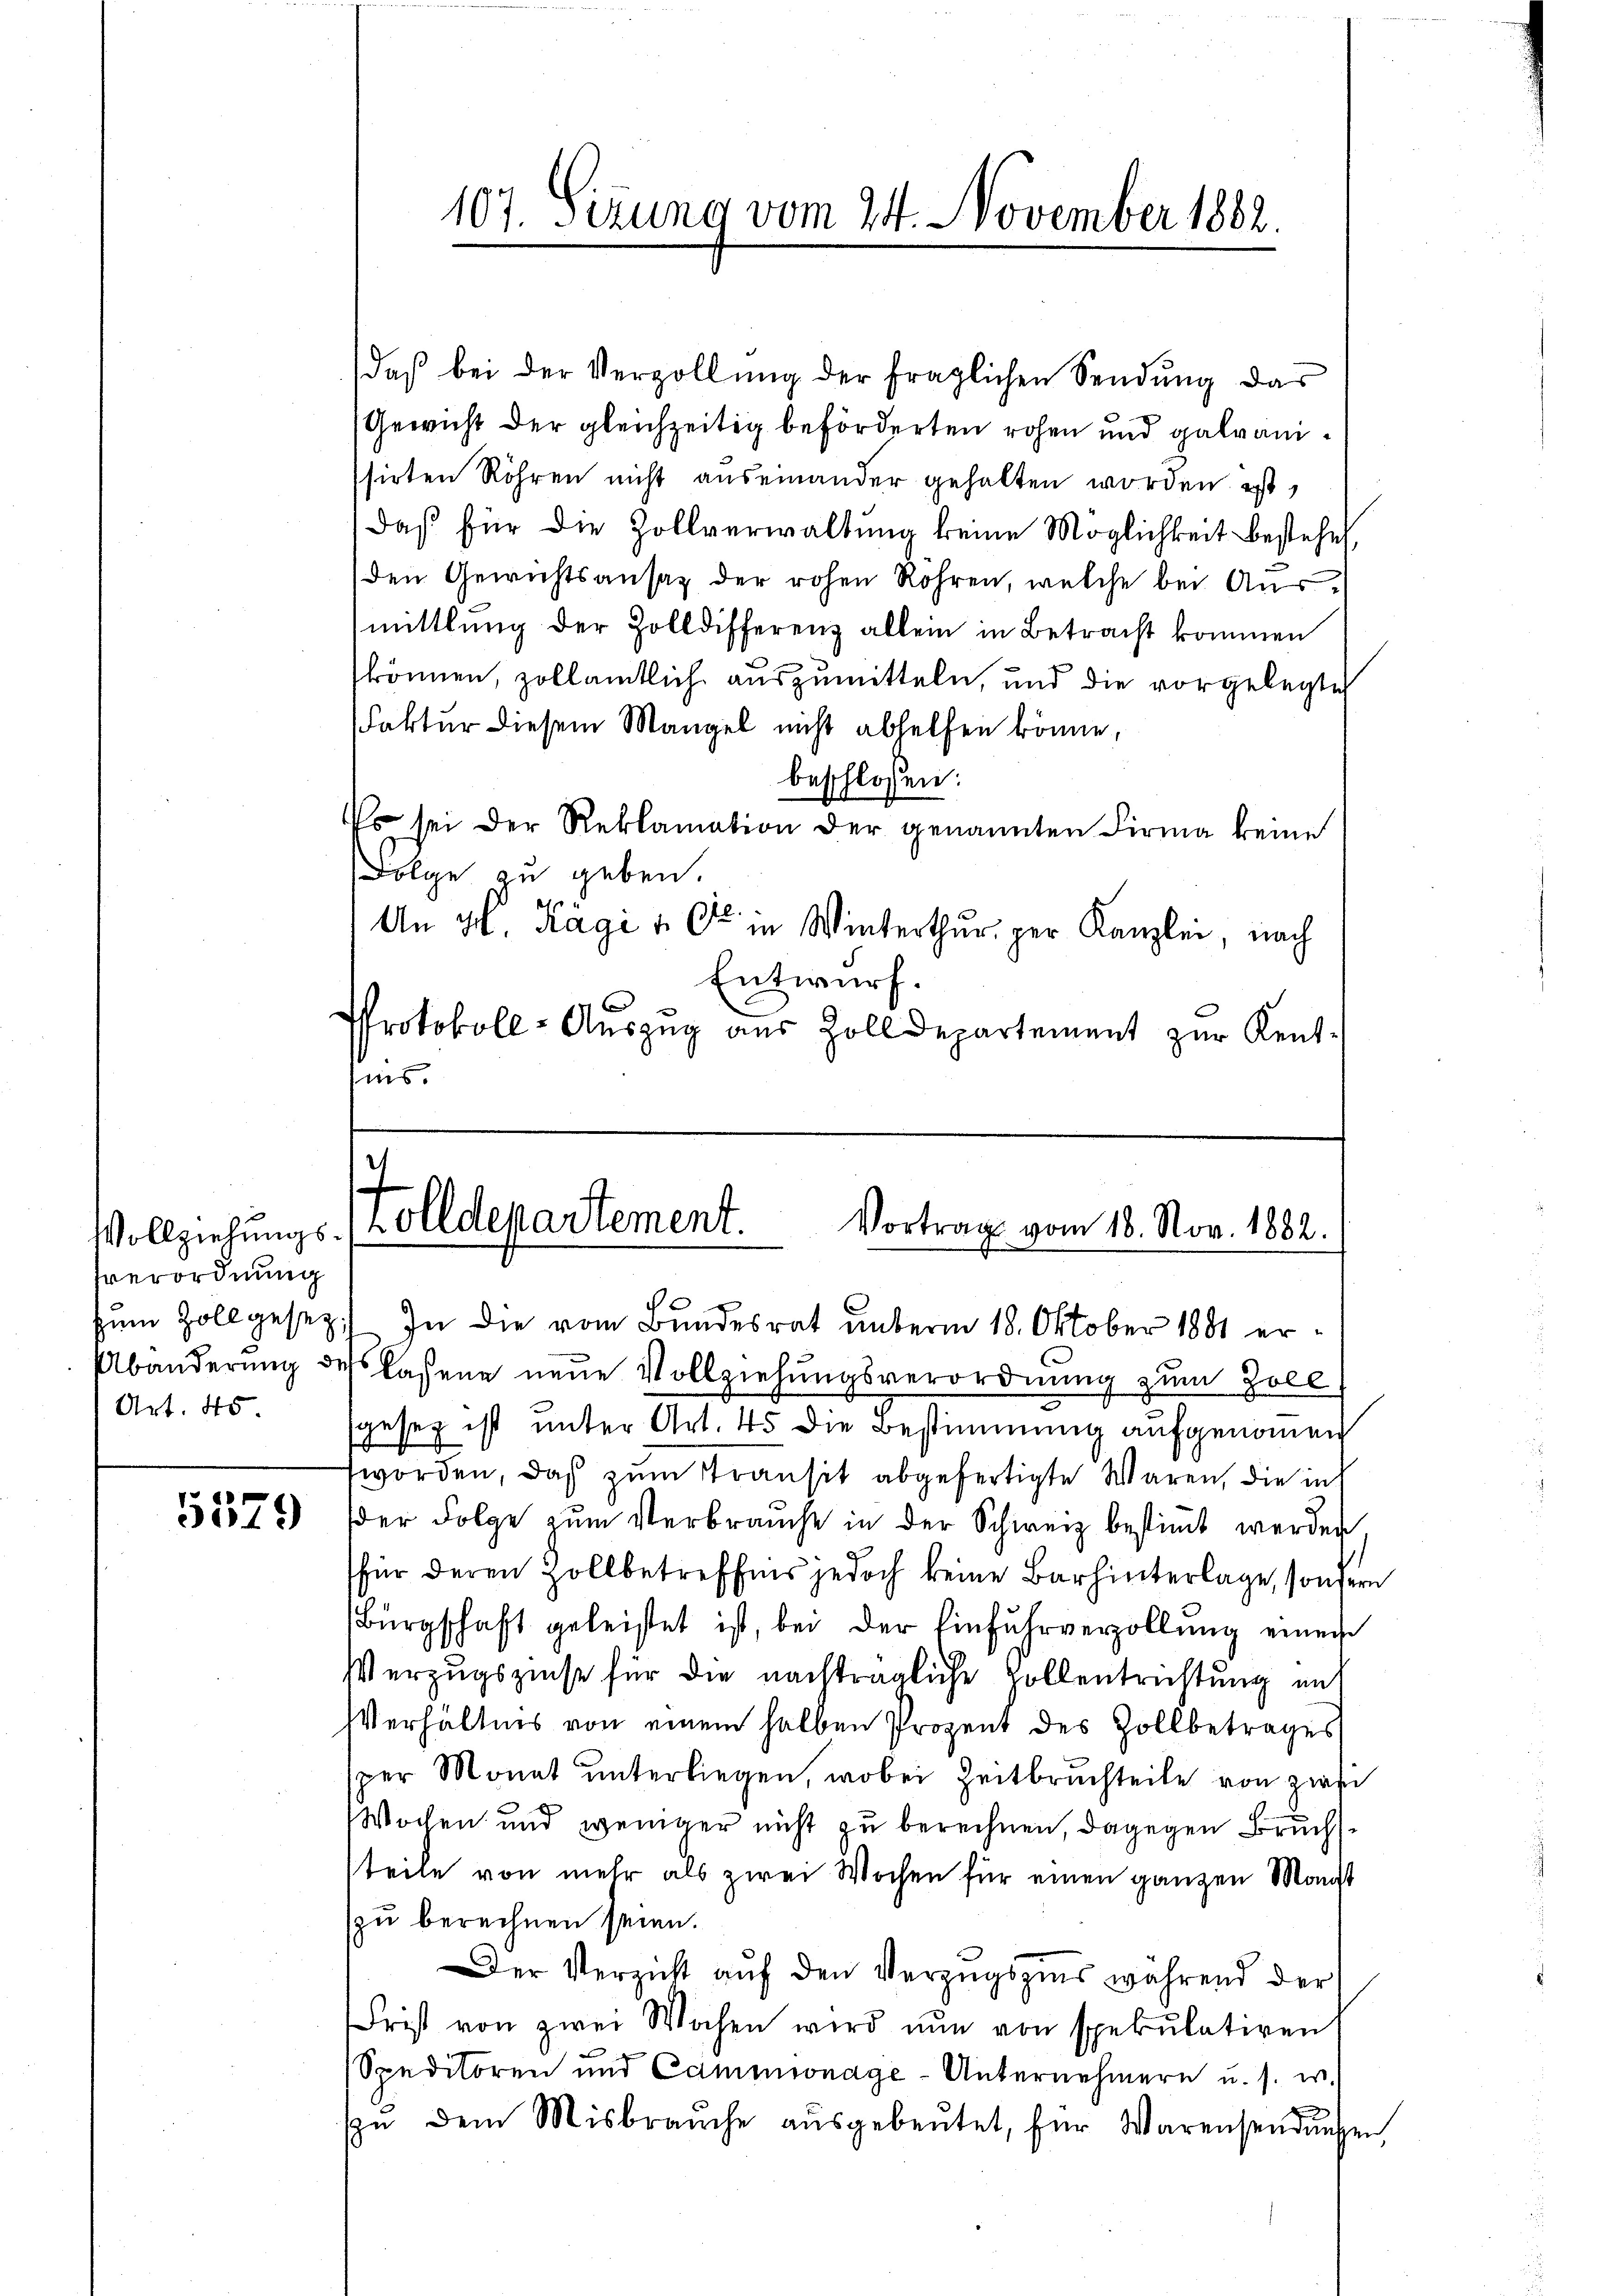
Everordnung
Art. 45

5579

107. Sizung vom 24. November 1882.

daβ bei der Verzollŭng der fraglichen Sendung das
Gewicht der gleichzeitig beförderten rohen und galvanissirten Röhren nicht auseinander gehalten worden ist,
daß für die Zollverwaltung keine Möglichkeit bestehe
den Gewichtsansaz der rohen Röhren, welche bei Ausmittlung der Zolldifferenz allein in Betracht kommen
können, zollamtlich auszumitteln, und die vorgelegte
Faktur diesem Mangel nicht abhelfen könne,
beschlossen:
o sei der Reklamation der genannten Firma keine
Folge zu geben.
e
An H. Ragi v. Ce in Winterthur, per Kanzlei, nach
Entwurf.
Protokoll-Auszug aus Zolldepartement zur Kentis.

zum Zollgesez.) In die vom Bundesrat unterm 18. Oktober 1881 er¬
Abänderung des lassene neue Vollziehungsverordnung zum Zoll
sgesez ist unter Art. 45 die Bestimmung aufgenommen
worden, daß zum Stransit abgefertigte Waren, die in
der Folge zŭm Verbrauche in der Schweiz bestimmt werden.
für deren Zollbetreffnis jedoch keine Barhinterlage, sondern
Bürgschaft geleistet ist, bei der Einfuhrverzollŭng einen
Verzugszinse für die nachträgliche Zollentrichtung mit
Verhältnis von einem halben Prozent des Zollbetrages
sper Monat unterliegen, wobei Zeitbruchteile von zwei
Wochen und weniger nicht zu berechnen, dagegen Bruchsteile von mehr als zwei Wochen für einen ganzen Monst
zu berechnen seien.
Der Verzicht aŭf den Verzugszins während der
Frist von zwei Wochen wird nun von spekulativen
Speditoren und Cammionage-Unternehmern u. s. w.
x
zŭ dem Misbraŭche aŭsgebeutet, für Warensendŭngen,

Vollziehungs- (Zolldepartement.
Vortrag vom 18. Nov. 1882.